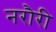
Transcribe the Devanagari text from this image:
नरौरी